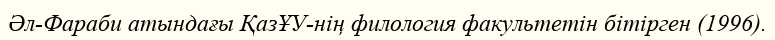
Әл-Фараби атындағы ҚазҰУ-нің филология факультетін бітірген (1996).